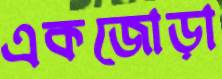
একজোড়া